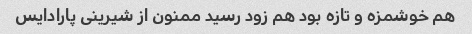
هم خوشمزه و تازه بود هم زود رسید ممنون از شیرینی پارادایس